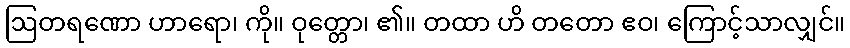
ဩတရဏော ဟာရော၊ ကို။ ဝုတ္တော၊ ၏။ တထာ ဟိ တတော ဧဝ၊ ကြောင့်သာလျှင်။